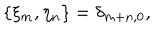
LaTeX: \{ \xi _ { m } , \eta _ { n } \} = \delta _ { m + n , 0 } ,